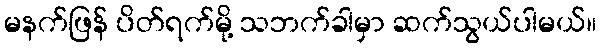
မနက်ဖြန် ပိတ်ရက်မို့ သဘက်ခါမှာ ဆက်သွယ်ပါမယ်။